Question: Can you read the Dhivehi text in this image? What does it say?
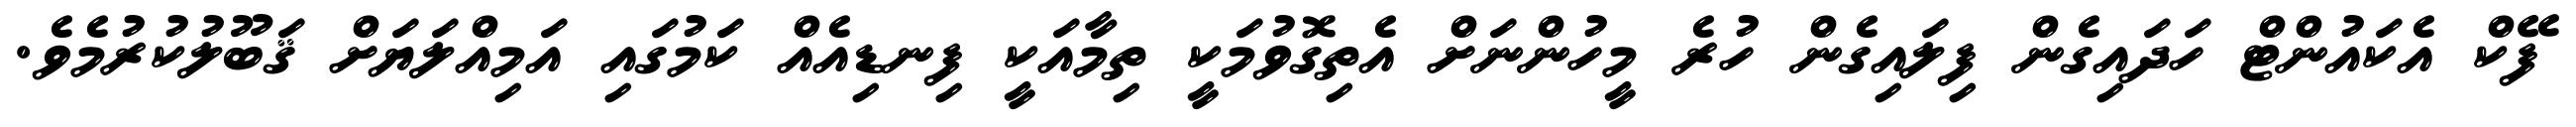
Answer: ފޭކް އެކައުންޓް ހަދައިގެން ފިލައިގެން ހުރެ މީހުންނަށް އެތިގޮވުމަކީ ތިމާއަކީ ފިނޑިއެއް ކަމުގައި އަމިއްލަޔަށް ޤަބޫލުކުރުމެވެ.